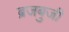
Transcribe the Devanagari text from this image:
ब्रजबुजी